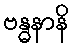
ဗန္ဓနာနိ